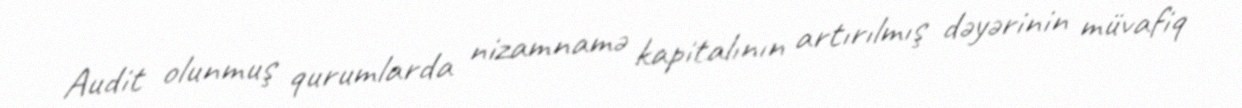
Audit olunmuş qurumlarda nizamnamə kapitalının artırılmış dəyərinin müvafiq